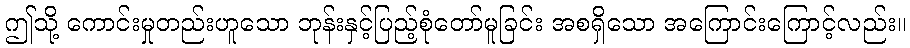
ဤသို့ ကောင်းမှုတည်းဟူသော ဘုန်းနှင့်ပြည့်စုံတော်မူခြင်း အစရှိသော အကြောင်းကြောင့်လည်း။